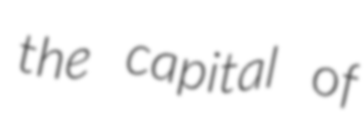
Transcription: the capital of